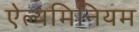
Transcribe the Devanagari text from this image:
ऐल्यमिनियम